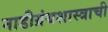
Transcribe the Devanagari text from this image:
नाडीग्रंथशास्त्राची